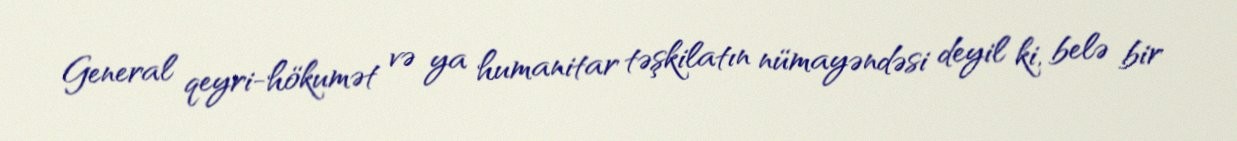
General qeyri-hökumət və ya humanitar təşkilatın nümayəndəsi deyil ki, belə bir